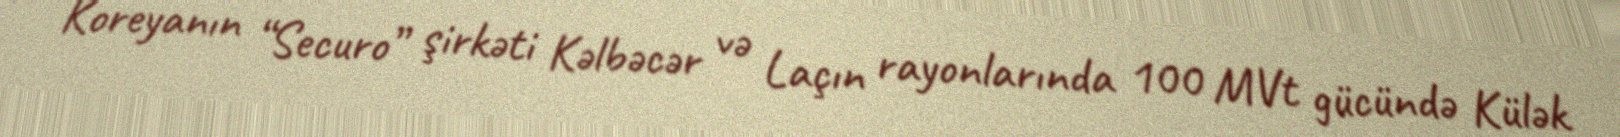
Koreyanın “Securo” şirkəti Kəlbəcər və Laçın rayonlarında 100 MVt gücündə Külək